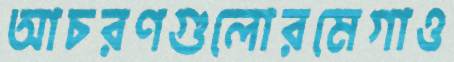
আচরণগুলোরমেগাও